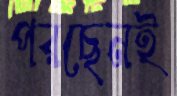
পরছেনই